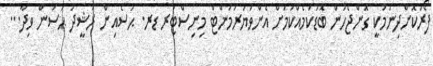
ފޯރުކޮށްދިނުމަކީ ގޮންޖެހުން ބޮޑުކަމެއްކަމަށް އެންވަޔަރަމަންޓް މިނިސްޓަރ ޑރ. ޙުސެއިން ރަޝީދު ޙަސަން ވިދާ...